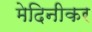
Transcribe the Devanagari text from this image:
मेदिनीकर